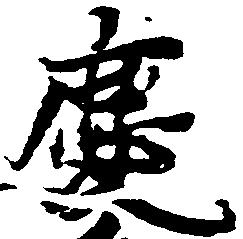
慶